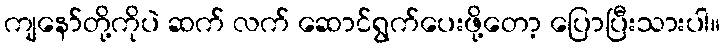
ကျနော်တို့ကိုပဲ ဆက် လက် ဆောင်ရွက်ပေးဖို့တော့ ပြောပြီးသားပါ။